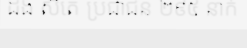
ដង់ សីតេ ប្រជាជន ២៩៥ នាក់